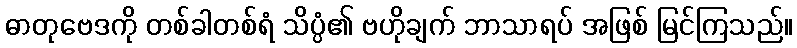
ဓာတုဗေဒကို တစ်ခါတစ်ရံ သိပ္ပံ၏ ဗဟိုချက် ဘာသာရပ် အဖြစ် မြင်ကြသည်။